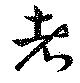
者